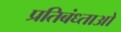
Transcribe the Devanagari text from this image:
प्रतिबंध्ताओ